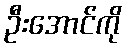
ဦးအောင်ကို